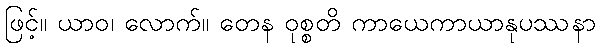
ဖြင့်။ ယာဝ၊ လောက်။ တေန ဝုစ္စတိ ကာယေကာယာနုပဿနာ